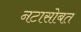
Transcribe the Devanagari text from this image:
नटासोबत